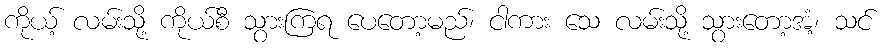
ကိုယ့် လမ်းသို့ ကိုယ်စီ သွားကြရ ပေတော့မည်၊ ငါကား သေ လမ်းသို့ သွားတော့အံ့၊ သင်